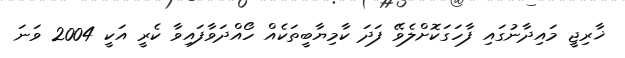
ޚާރިޖީ މައިދާނުގައި ފާހަގަކޮށްލެވޭ ފަދަ ކާމިޔާބީތަކެއް ހޯއްދަވާފައިވާ ކެރީ އަކީ 2004 ވަނަ